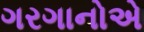
ગરગાનોએ